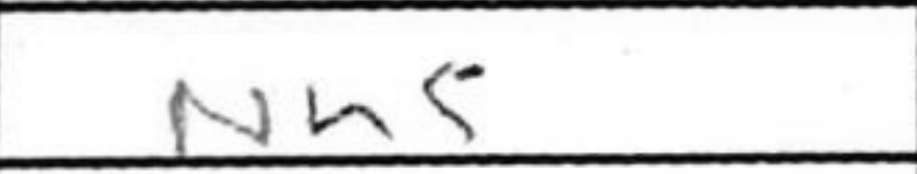
Transcription: Nh5